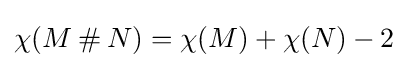
\chi (M\mathbin {\#} N)=\chi (M)+\chi (N)-2